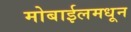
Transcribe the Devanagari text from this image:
मोबाईलमधून